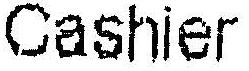
CASHIER